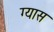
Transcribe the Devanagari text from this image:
ग्यास